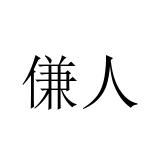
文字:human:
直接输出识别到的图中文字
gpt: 傔人